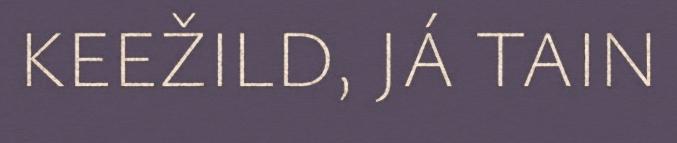
KEEŽILD, JÁ TAIN